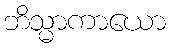
ဘိသ္မာကာယော